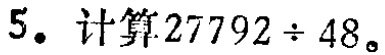
5. 计算\(27792\div48\)。